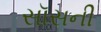
સૉસની